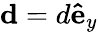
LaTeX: \mathbf{d}=d\mathbf{\hat{e}}_{y}